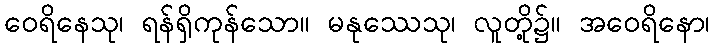
ဝေရိနေသု၊ ရန်ရှိကုန်သော။ မနုဿေသု၊ လူတို့၌။ အဝေရိနော၊